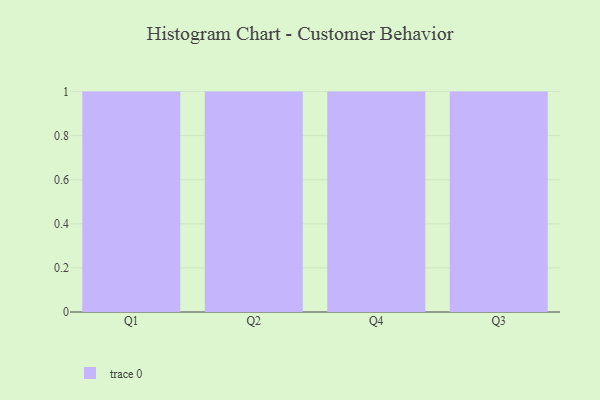
{"axis": {"x": "Quarter", "y": "Temperature (°C)"}, "legend": [""], "data": [{"x": "Q1", "y": 34, "type": ""}, {"x": "Q2", "y": 67, "type": ""}, {"x": "Q4", "y": 84, "type": ""}, {"x": "Q3", "y": 67, "type": ""}]}